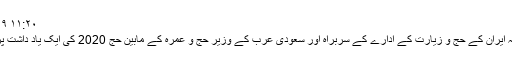
Dec ۰۹, ۲۰۱۹ ۱۱:۲۰
اسلامی جمہوریہ ایران کے حج و زیارت کے ادارے کے سربراہ اور سعودی عرب کے وزیر حج و عمرہ کے مابین حج 2020 کی ایک یاد داشت پر دستخط ہوئے۔